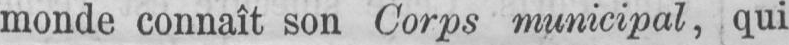
monde connaît son Corps municipal, qui